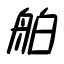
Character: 舶